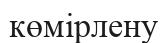
көмірлену